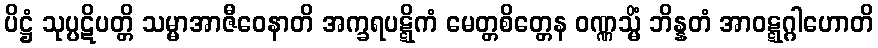
ပိဋ္ဌံ သုပ္ပဋိပတ္တိ သမ္မာအာဇီဝေနာတိ အက္ခရပဋ္ဋိကံ မေတ္တစိတ္တေန ဝဏ္ဏသ္မိံ ဘိန္နတံ အာဝဋ္ဋဂ္ဂါဟောတိ